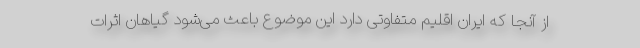
از آنجا که ایران اقلیم متفاوتی دارد این موضوع باعث می‌شود گیاهان اثرات